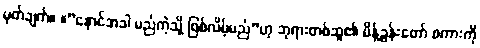
မှတ်ချက်။ ။”နောင်အခါ မည်ကဲ့သို့ ဖြစ်လိမ့်မည်”ဟု ဘုရားတစ်ဆူ၏ မိန့်ခွန်းတော် စကားကို